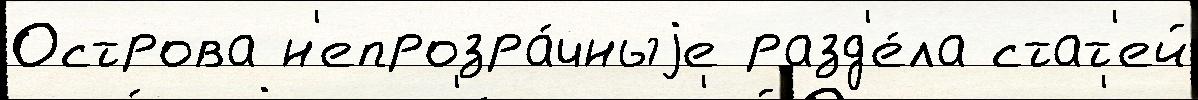
Острова н'епрозра́чныjе разд'е́ла стат'ей